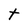
Character: t